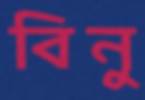
বিনু